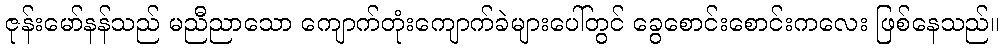
ဇုန်းမော်နန်သည် မညီညာသော ကျောက်တုံးကျောက်ခဲများပေါ်တွင် ခွေစောင်းစောင်းကလေး ဖြစ်နေသည်။